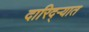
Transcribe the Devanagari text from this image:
दारिद्‌ऱ्यात